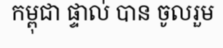
កម្ពុជា ផ្ទាល់ បាន ចូលរួម